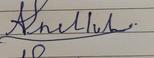
Signature authenticity: forged